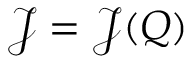
\mathcal { J } = \mathcal { J } ( Q )